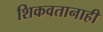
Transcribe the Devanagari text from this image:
शिकवतानाही